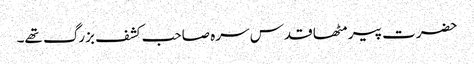
حضرت پیر مٹھا قدس سرہ صاحب کشف بزرگ تھے۔